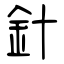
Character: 針